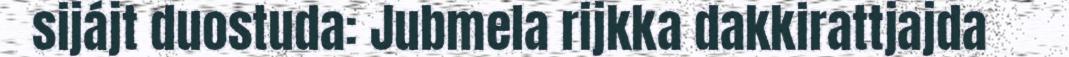
sijájt duostuda: Jubmela rijkka dakkirattjajda